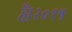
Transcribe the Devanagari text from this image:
है।२०१५